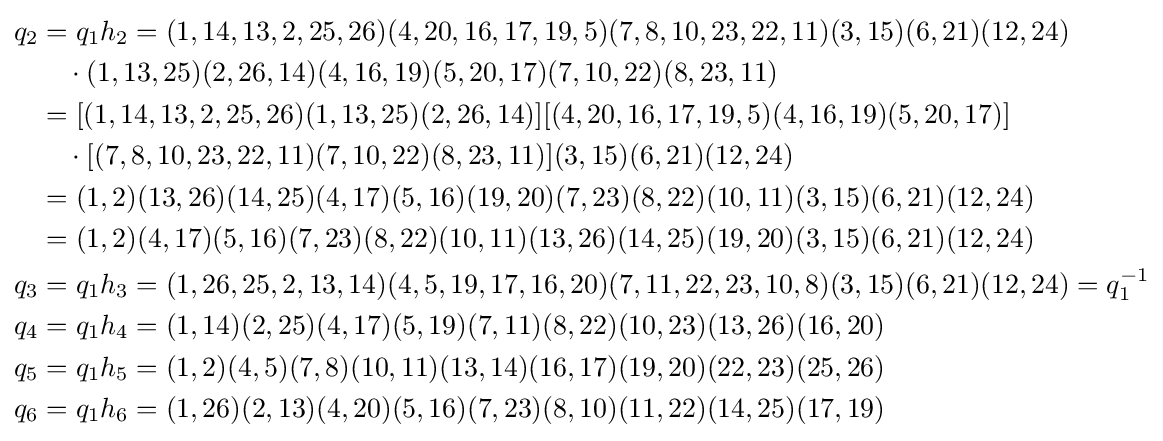
{\begin{aligned}q_{2}&=q_{1}h_{2}=(1,14,13,2,25,26)(4,20,16,17,19,5)(7,8,10,23,22,11)(3,15)(6,21)(12,24)\\&\quad \cdot (1,13,25)(2,26,14)(4,16,19)(5,20,17)(7,10,22)(8,23,11)\\&=[(1,14,13,2,25,26)(1,13,25)(2,26,14)][(4,20,16,17,19,5)(4,16,19)(5,20,17)]\\&\quad \cdot [(7,8,10,23,22,11)(7,10,22)(8,23,11)](3,15)(6,21)(12,24)\\&=(1,2)(13,26)(14,25)(4,17)(5,16)(19,20)(7,23)(8,22)(10,11)(3,15)(6,21)(12,24)\\&=(1,2)(4,17)(5,16)(7,23)(8,22)(10,11)(13,26)(14,25)(19,20)(3,15)(6,21)(12,24)\\q_{3}&=q_{1}h_{3}=(1,26,25,2,13,14)(4,5,19,17,16,20)(7,11,22,23,10,8)(3,15)(6,21)(12,24)=q_{1}^{-1}\\q_{4}&=q_{1}h_{4}=(1,14)(2,25)(4,17)(5,19)(7,11)(8,22)(10,23)(13,26)(16,20)\\q_{5}&=q_{1}h_{5}=(1,2)(4,5)(7,8)(10,11)(13,14)(16,17)(19,20)(22,23)(25,26)\\q_{6}&=q_{1}h_{6}=(1,26)(2,13)(4,20)(5,16)(7,23)(8,10)(11,22)(14,25)(17,19)\end{aligned}}